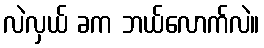
လဲလှယ် ခက ဘယ်လောက်လဲ။